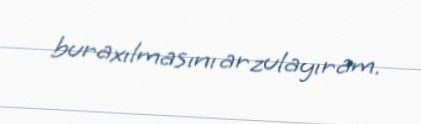
buraxılmasını arzulayıram.